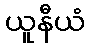
ယူနီယံ